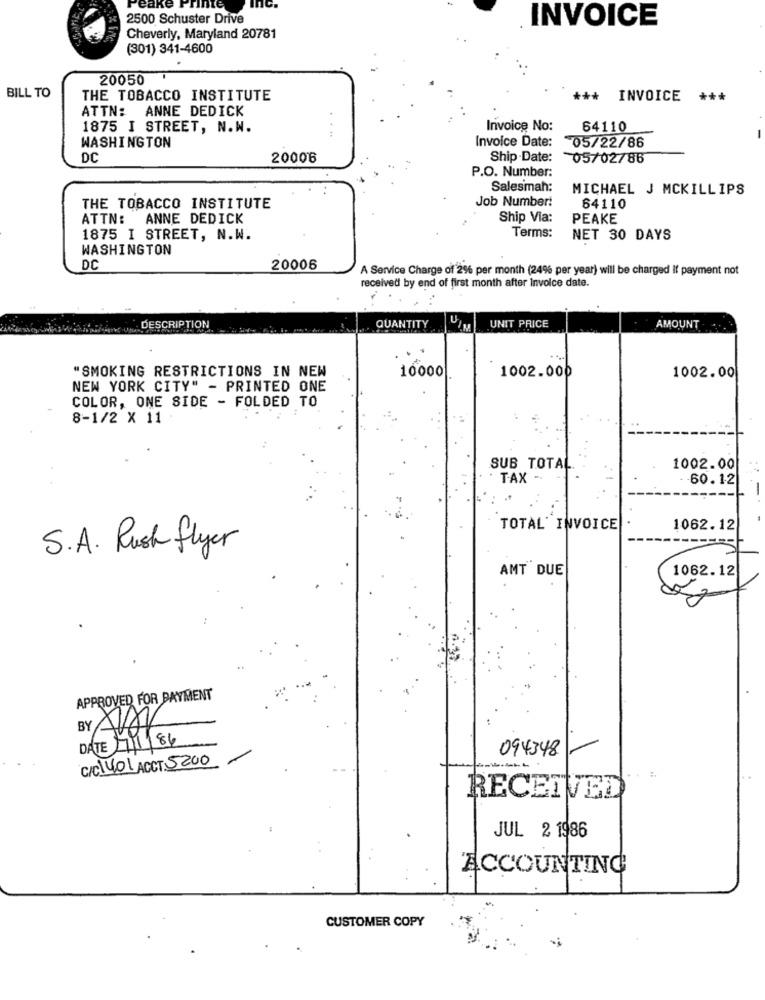
eak
2500 Schuster Drive
INVOICE
Cheverly, Maryland 20781
(301) 341-4600
20050
BILL TO
THE TOBACCO INSTITUTE
***
INVOICE ***
ATTN: ANNE DEDICK
1875 I STREET, N.W.
Invoice No:
64110
WASHINGTON
Invoice Date:
05/22/86
DC
20006
Ship -Date:
05/02/86
P.O. Number:
Salesman:
MICHAEL J MCKILLIPS
Job Number!
THE TOBACCO INSTITUTE
64110
ATTN: ANNE DEDICK
Ship Via:
PEAKE
Terms:
1875 I STREET, N.W.
NET 30 DAYS
WASHINGTON
DC
20006
A Service Charge of 2% per month (24% per year) will be charged if payment not
received by end of first month after Invoice date.
DESCRIPTION
QUANTITY
UNIT PRICE
AMOUNT
. .
10000
1002.000
"SMOKING RESTRICTIONS IN NEW
1002.00
NEW YORK CITY" - PRINTED ONE
COLOR, ONE SIDE - FOLDED TO
8-1/2 X 11
SUB TOTAL
1002.00
TAX -
60.12
TOTAL' INVOICE
1062.12
S.A. Rush flyer
AMT DUE
1062.12
APPROVED FOR PAYMENT
BY ALAY
DATE 11/86
094348
C/C1401 ACCT: 5200
RECEIVED
JUL 2 1986
ACCOUNTING
CUSTOMER COPY